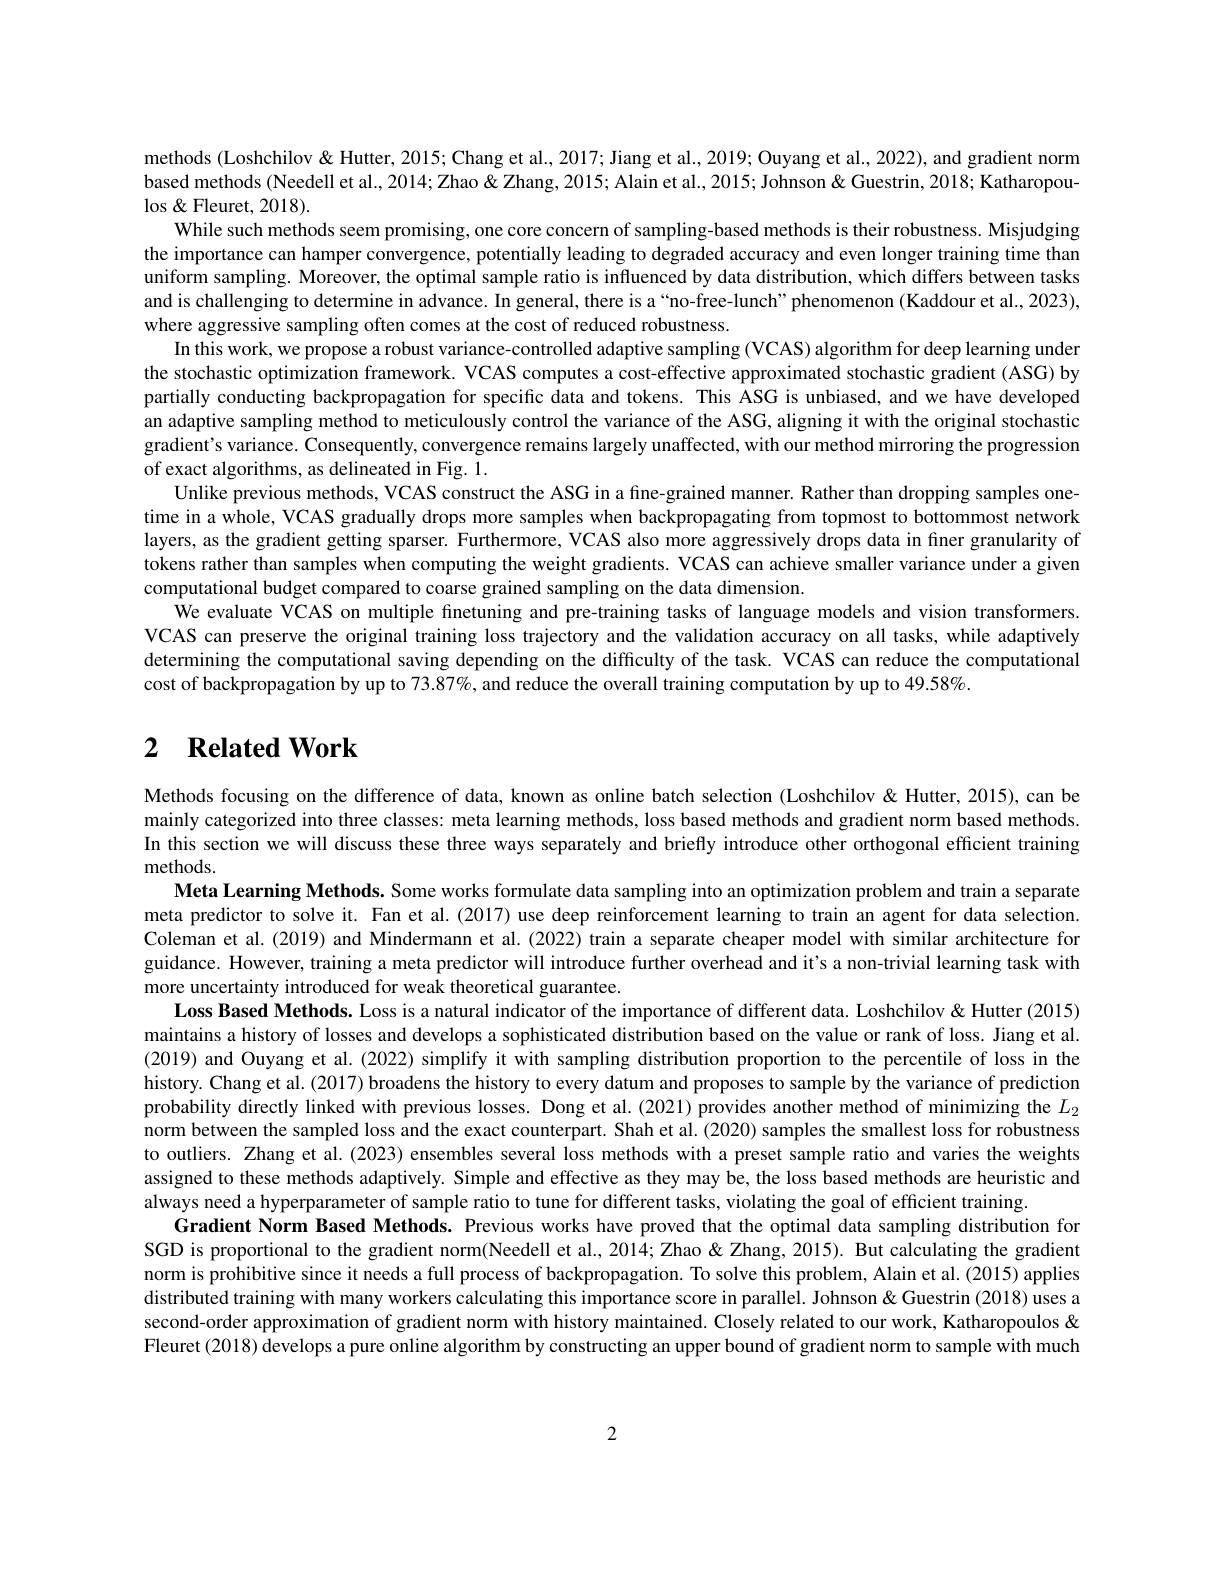
methods (Loshchilov & Hutter, 2015; Chang et al., 2017; Jiang et al., 2019; Ouyang et al., 2022), and gradient norm based methods (Needell et al., 2014; Zhao & Zhang, 2015; Alain et al., 2015; Johnson & Guestrin, 2018; Katharopou- $\log\&$ Fleuret, 2018).
While such methods seem promising, one core concern of sampling-based methods is their robustness. Misjudging the importance can hamper convergence, potentially leading to degraded accuracy and even longer training time than uniform sampling. Moreover, the optimal sample ratio is influenced by data distribution, which differs between tasks and is challenging to determine in advance. In general, there is a“no-free-lunch”phenomenon (Kaddour et al., 2023), where aggressive sampling often comes at the cost of reduced robustness
In this work, we propose a robust variance-controlled adaptive sampling (VCAS) algorithm for deep learning unden the stochastic optimization framework. VCAS computes a cost-effective approximated stochastic gradient (ASG) by partially conducting backpropagation for specific data and tokens. This ASG is unbiased, and we have developed an adaptive sampling method to meticulously control the variance of the ASG, aligning it with the original stochastic gradient's variance. Consequently, convergence remains largely unaffected, with our method mirroring the progression of exact algorithms, as delineated in Fig. 1.
Unlike previous methods, VCAS construct the ASG in a fine-grained manner. Rather than dropping samples onetime in a whole, VCAS gradually drops more samples when backpropagating from topmost to bottommost network layers, as the gradient getting sparser. Furthermore, VCAS also more aggressively drops data in finer granularity of tokens rather than samples when computing the weight gradients. VCAS can achieve smaller variance under a given computational budget compared to coarse grained sampling on the data dimension.
We evaluate VCAS on multiple finetuning and pre-training tasks of language models and vision transformers. VCAS can preserve the original training loss trajectory and the validation accuracy on all tasks, while adaptively determining the computational saving depending on the difficulty of the task. VCAS can reduce the computational cost of backpropagation by up to 73.87%, and reduce the overall training computation by up to 49.58%

# 2 $\textbf{Related Work}$

Methods focusing on the difference of data, known as online batch selection (Loshchilov & Hutter, 2015), can be

mainly categorized into three classes: meta learning methods, loss based methods and gradient norm based methods In this section we will discuss these three ways separately and briefly introduce other orthogonal efficient training methods.
Meta Learning Methods. Some works formulate data sampling into an optimization problem and train a separate meta predictor to solve it. Fan et al.(2017) use deep reinforcement learning to train an agent for data selection. Coleman et al.(2019) and Mindermann et al.(2022) train a separate cheaper model with similar architecture for guidance. However, training a meta predictor will introduce further overhead and it's a non-trivial learning task with more uncertainty introduced for weak theoretical guarantee.
Loss Based Methods. Loss is a natural indicator of the importance of different data. Loshchilov & Hutter (2015) maintains a history of losses and develops a sophisticated distribution based on the value or rank of loss. Jiang et al. (2019) and Ouyang et al. (2022) simplify it with sampling distribution proportion to the percentile of loss in the history. Chang et al. (2017) broadens the history to every datum and proposes to sample by the variance of prediction probability directly linked with previous losses. Dong et al.(2021) provides another method of minimizing the $L_{2}$ norm between the sampled loss and the exact counterpart. Shah et al.(2020) samples the smallest loss for robustness to outliers. Zhang et al.(2023) ensembles several loss methods with a preset sample ratio and varies the weights assigned to these methods adaptively. Simple and effective as they may be, the loss based methods are heuristic and always need a hyperparameter of sample ratio to tune for different tasks, violating the goal of efficient training.
Gradient Norm Based Methods. Previous works have proved that the optimal data sampling distribution for SGD is proportional to the gradient norm(Needell et al., 2014; Zhao &Zhang, 2015). But calculating the gradient norm is prohibitive since it needs a full process of backpropagation. To solve this problem, Alain et al. (2015) applies distributed training with many workers calculating this importance score in parallel. Johnson &Guestrin (2018) uses a second-order approximation of gradient norm with history maintained. Closely related to our work, Katharopoulos & Fleuret (2018) develops a pure online algorithm by constructing an upper bound of gradient norm to sample with much

2